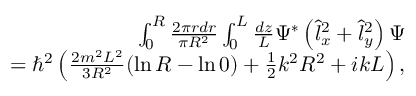
\begin{array} { r l r } & { } & { \int _ { 0 } ^ { R } \frac { 2 \pi r d r } { \pi R ^ { 2 } } \int _ { 0 } ^ { L } \frac { d z } { L } \Psi ^ { * } \left( \hat { l } _ { x } ^ { 2 } + \hat { l } _ { y } ^ { 2 } \right) \Psi } \\ & { } & { = \hbar ^ { 2 } \left( \frac { 2 m ^ { 2 } L ^ { 2 } } { 3 R ^ { 2 } } ( \ln R - \ln 0 ) + \frac { 1 } { 2 } k ^ { 2 } R ^ { 2 } + i k L \right) , } \end{array}